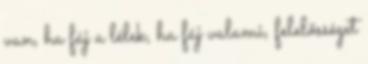
van, ha fáj a lélek, ha fáj valami, felelősséget